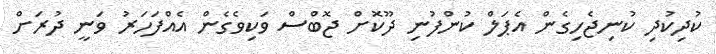
ކުދިކުދި ކުނިޖެހިގެން އެޕަލް ކުންފުނި ދޫކޮށް ޖޮބްސް ވަކިވެގެން އެއްފަހަރު ވަނީ ދުރަށް